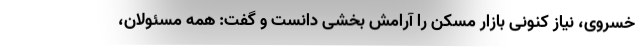
خسروی، نیاز کنونی بازار مسکن را آرامش بخشی دانست و گفت: همه مسئولان،